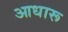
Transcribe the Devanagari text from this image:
आधारू